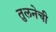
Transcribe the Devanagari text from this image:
तुलनेची